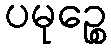
ပမုဉ္စေ